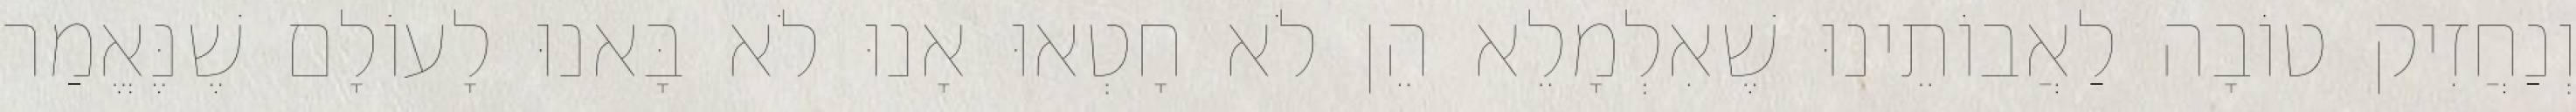
וְנַחֲזִיק טוֹבָה לַאֲבוֹתֵינוּ שֶׁאִלְמָלֵא הֵן לֹא חָטְאוּ אָנוּ לֹא בָּאנוּ לָעוֹלָם שֶׁנֶּאֱמַר